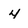
Character: 4